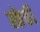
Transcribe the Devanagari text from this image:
स्केकी